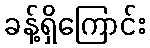
ခန့်ရှိကြောင်း